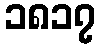
၁၈၁၇